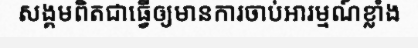
សង្គមពិតជាធ្វើឲ្យមានការចាប់អារម្មណ៍ខ្លាំង